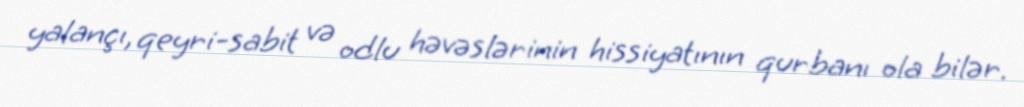
yalançı, qeyri-sabit və odlu həvəslərinin hissiyatının qurbanı ola bilər.